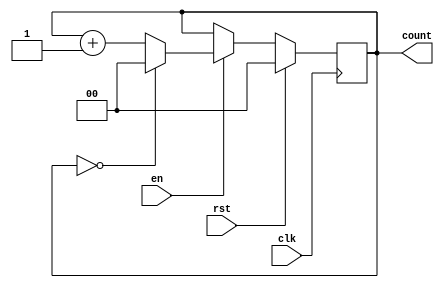
`timescale 1ns / 1ps

/*
	Parameterized binary counter with width and max value params. Rolls over to zero when max value hit
*/

module param_counter # (parameter WIDTH = 0, parameter MAX_VAL = 0)
(
	input clk,
	input rst,
	input en,
	output reg [(WIDTH - 1):0] count = 0
);

always @ (posedge(clk))
begin
	if (rst) 
		count <= 0;
	else if (en)
		if (count == MAX_VAL)
			count <= 0;
		else
			count <= count + 1'd1;
	else
		count <= count;
end

endmodule